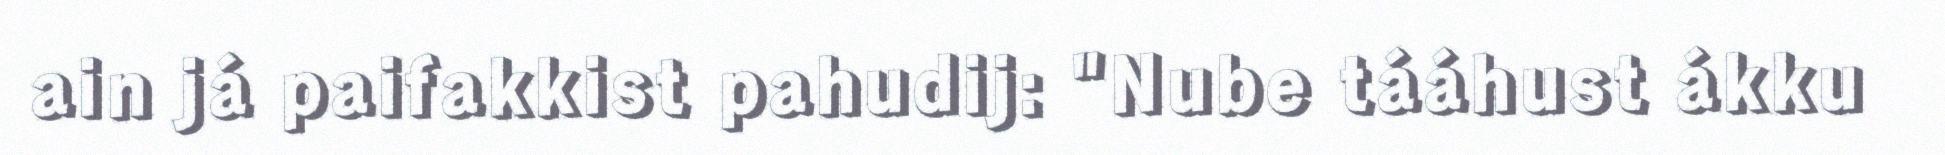
ain já paifakkist pahudij: "Nube tááhust ákku